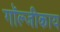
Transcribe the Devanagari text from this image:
गॉल्जीकाय